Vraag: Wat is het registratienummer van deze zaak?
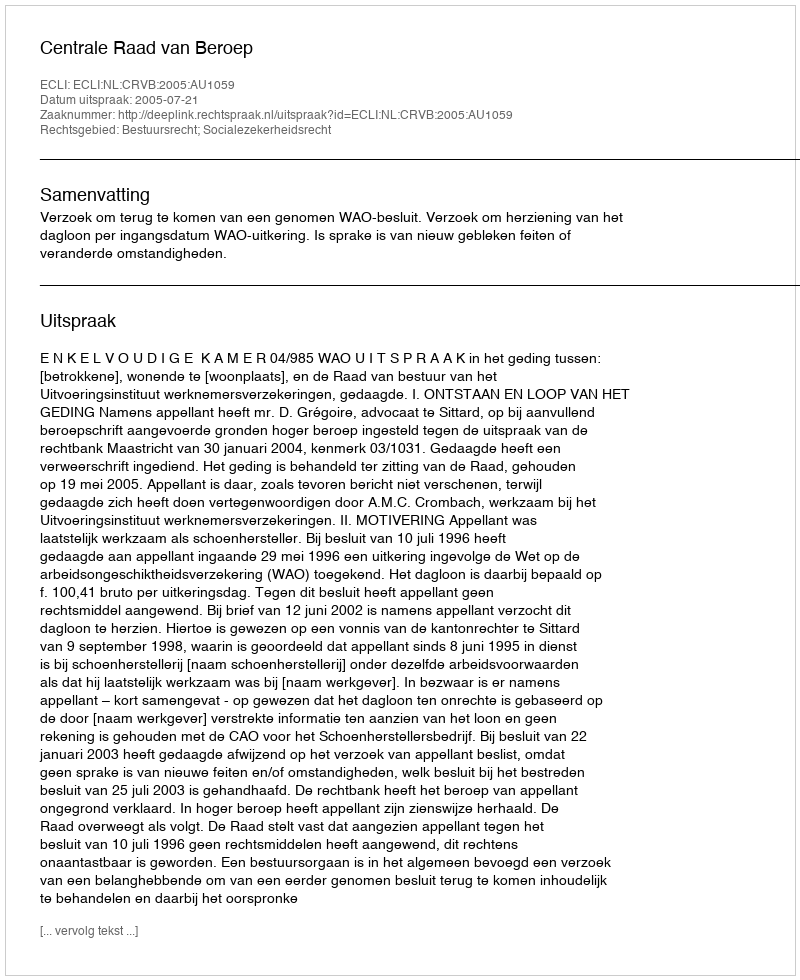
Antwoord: http://deeplink.rechtspraak.nl/uitspraak?id=ECLI:NL:CRVB:2005:AU1059